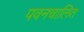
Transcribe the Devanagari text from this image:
पवनचालित